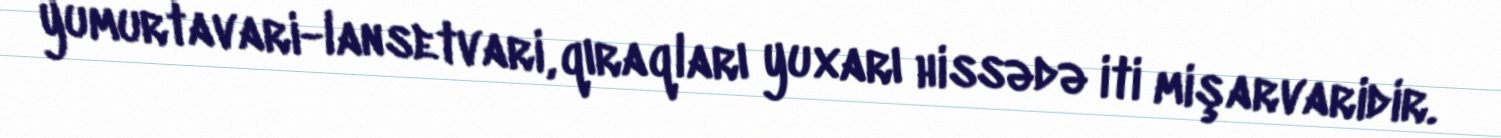
yumurtavari-lansetvari, qıraqları yuxarı hissədə iti mişarvaridir.